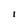
Character: I